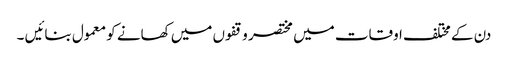
دن کے مختلف اوقات میں مختصر وقفوں میں کھانے کو معمول بنائیں ۔